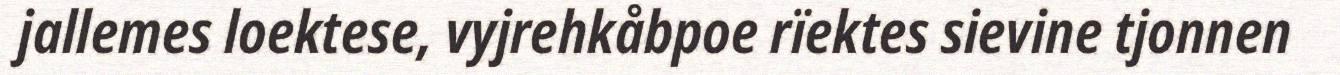
jallemes loektese, vyjrehkåbpoe rïektes sievine tjonnen